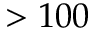
> 1 0 0